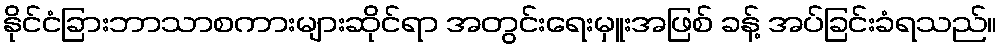
နိုင်ငံခြားဘာသာစကားများဆိုင်ရာ အတွင်းရေးမှူးအဖြစ် ခန့် အပ်ခြင်းခံရသည်။